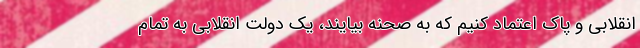
انقلابی و پاک اعتماد کنیم که به صحنه بیایند، یک دولت انقلابی به تمام